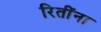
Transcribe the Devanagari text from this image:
रितींना